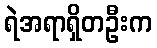
ရဲအရာရှိတဦးက